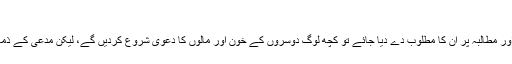
“
”اگر لوگوں کو صرف ان کے دعوے اور مطالبہ پر ان کا مطلوب دے دیا جائے تو کچھ لوگ دوسروں کے خون اور مالوں کا دعویٰ شروع کردیں گے، لیکن مدعی کے ذمہ ثبوت ہے اور مدعا علیہ پر قسم ہے۔